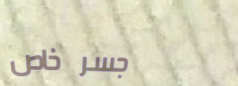
جسر خاص